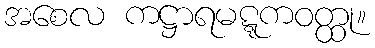
အစေလ ကဋ္ဌာရမဋ္ဋကဝတ္ထု။